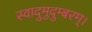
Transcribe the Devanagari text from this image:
स्वादुमुदुम्बरम्।